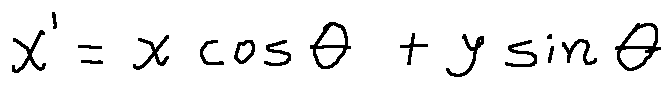
x ^ { \prime } = x \cos \theta + y \sin \theta